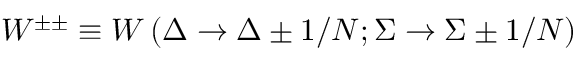
W ^ { \pm \pm } \equiv W \left( \Delta \to \Delta \pm 1 / N ; \Sigma \to \Sigma \pm 1 / N \right)